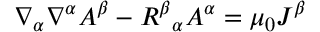
\nabla _ { \alpha } \nabla ^ { \alpha } A ^ { \beta } - R ^ { \beta } { } _ { \alpha } A ^ { \alpha } = \mu _ { 0 } J ^ { \beta }